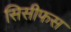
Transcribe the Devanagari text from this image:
सिसीफस